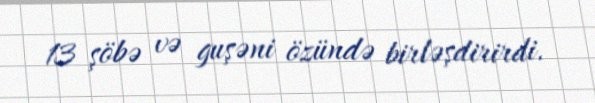
13 şöbə və guşəni özündə birləşdirirdi.